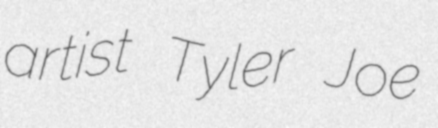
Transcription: artist Tyler Joe